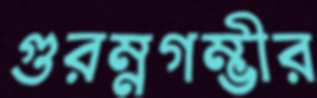
গুরম্নগম্ভীর